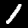
Digit: 1